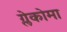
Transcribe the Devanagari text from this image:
ग्लेकोमा